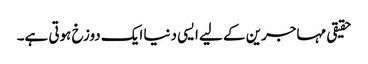
حقیقی مہاجرین کے لیے ایسی دنیا ایک دوزخ ہوتی ہے۔